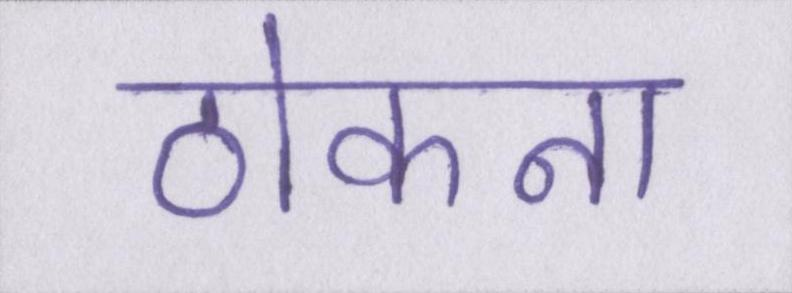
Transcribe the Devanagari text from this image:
ठोकना